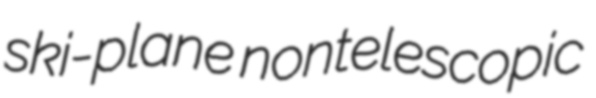
ski-plane nontelescopic